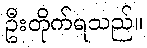
ဦးတိုက်ရသည်။